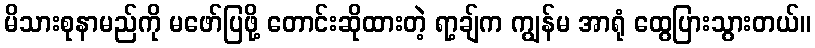
မိသားစုနာမည်ကို မဖော်ပြဖို့ တောင်းဆိုထားတဲ့ ရာ့ချ်က ကျွန်မ အာရုံ ထွေပြားသွားတယ်။